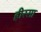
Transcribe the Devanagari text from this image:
हीस्सा